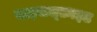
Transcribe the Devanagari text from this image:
बाइसल्फ़ाइड